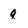
Character: q